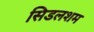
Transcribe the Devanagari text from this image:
सिडलशम